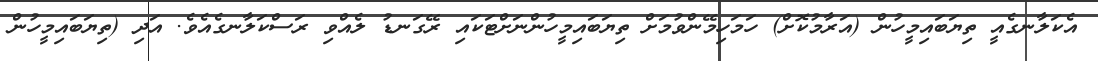
އެކަލާނގެއީ ތިޔަބައިމީހުން (އަރާމުކޮށް) ހަމަހިމޭންވުމަށް ތިޔަބައިމީހުންނަށްޓަކައި ރޭގަނޑު ލެއްވި ރަސްކަލާނގެއެވެ. އަދި (ތިޔަބައިމީހުން